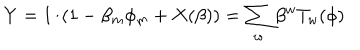
Y = 1 / ( 1 - \beta _ { m } \phi _ { m } + X ( \beta ) ) = \sum _ { w } \beta ^ { w } T _ { w } ( \phi )